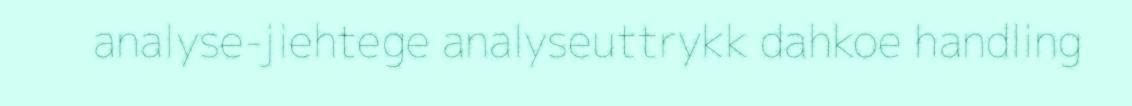
analyse-jiehtege analyseuttrykk dahkoe handling